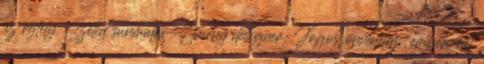
az rejtély. Szelid sunmalac-Elmeny designer: Jogos önvédelem, emberi élet